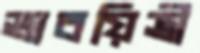
ভাবয়িত্রী